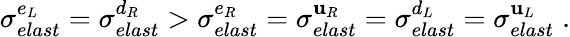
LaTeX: \sigma_{elast}^{e_{L}}=\sigma_{elast}^{d_{R}}>\sigma_{elast}^{e_{R}}=\sigma_{elast}^{\mathbf{u}_{R}}=\sigma_{elast}^{d_{L}}=\sigma_{elast}^{\mathbf{u}_{L}}\; .